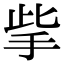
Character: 㧘